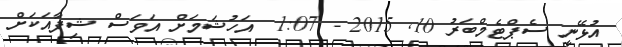
އުޅޭނީ ސެޕްޓެމްބަރު 10